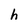
Character: h